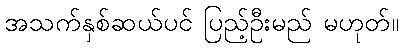
အသက်နှစ်ဆယ်ပင် ပြည့်ဦးမည် မဟုတ်။